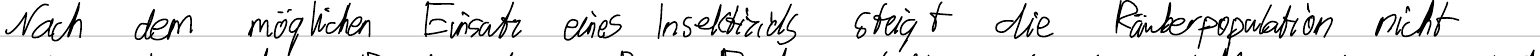
nach dem möglichen Einsatz eines Insektizids steigt die Räuberpopulation nicht